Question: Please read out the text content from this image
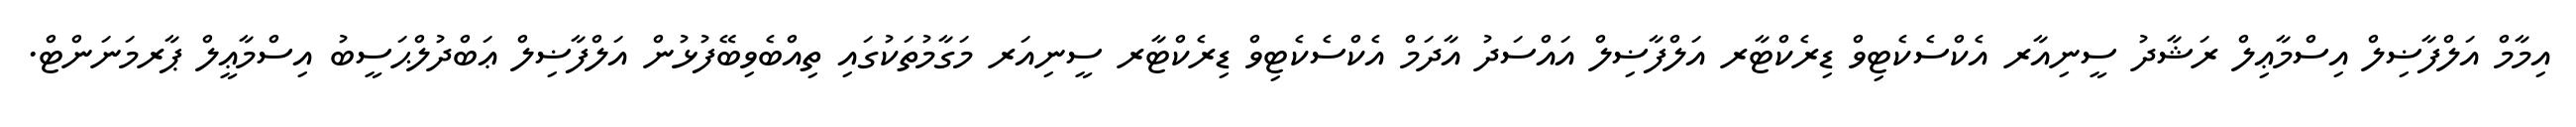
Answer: އިމާމް އަލްފާޟިލް އިސްމާޢިލް ރަޝާދު ސީނިއާރ އެކްސެކެޓިވް ޑިރެކްޓާރ އަލްފާޟިލް އައްސަދު އާދަމް އެކްސެކެޓިވް ޑިރެކްޓާރ ސީނިއަރ މަގާމުތަކުގައި ތިއްބެވިބޭފުޅުން އަލްފާޟިލް ޢަބްދުލްޙަސީބު އިސްމާޢީލް ޕާރމަނަންޓް.